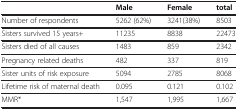
<table><thead><tr><td><b> </b></td><td><b>Male</b></td><td><b>Female</b></td><td><b>total</b></td></tr></thead><tbody><tr><td>Number of respondents</td><td>5262 (62%)</td><td>3241(38%)</td><td>8503</td></tr><tr><td>Sisters survived 15 years+</td><td>11235</td><td>8838</td><td>22473</td></tr><tr><td>Sisters died of all causes</td><td>1483</td><td>859</td><td>2342</td></tr><tr><td>Pregnancy related deaths</td><td>482</td><td>337</td><td>819</td></tr><tr><td>Sister units of risk exposure</td><td>5094</td><td>2785</td><td>8068</td></tr><tr><td>Lifetime risk of maternal death</td><td>0.095</td><td>0.121</td><td>0.102</td></tr><tr><td>MMR*</td><td>1,547</td><td>1,995</td><td>1,667</td></tr></tbody></table>